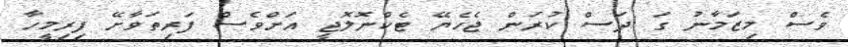
ވެސް މިޒަމާނު ގަ ދަސް ކުރަން ޖެހެޔޭ ޓެކްނޮލޮޖީ އަށްވެސް ފަރިތަވާށޭ ފިރިމީހާ